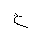
Letter: _ha